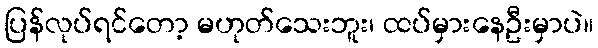
ပြန်လုပ်ရင်တော့ မဟုတ်သေးဘူး၊ ထပ်မှားနေဦးမှာပဲ။